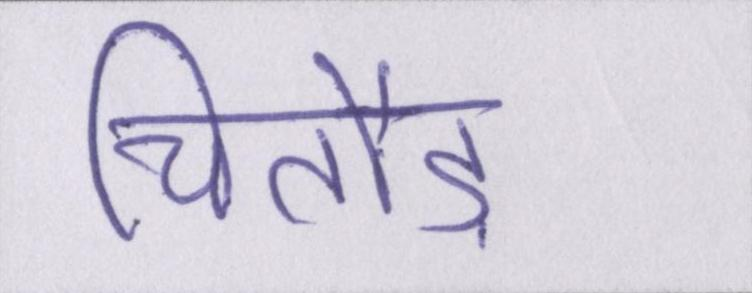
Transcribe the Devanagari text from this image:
चितौड़